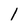
Character: 1